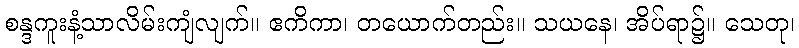
စန္ဒကူးနံ့သာလိမ်းကျံလျက်။ ဧကိကာ၊ တယောက်တည်း။ သယနေ၊ အိပ်ရာ၌။ သေတု၊